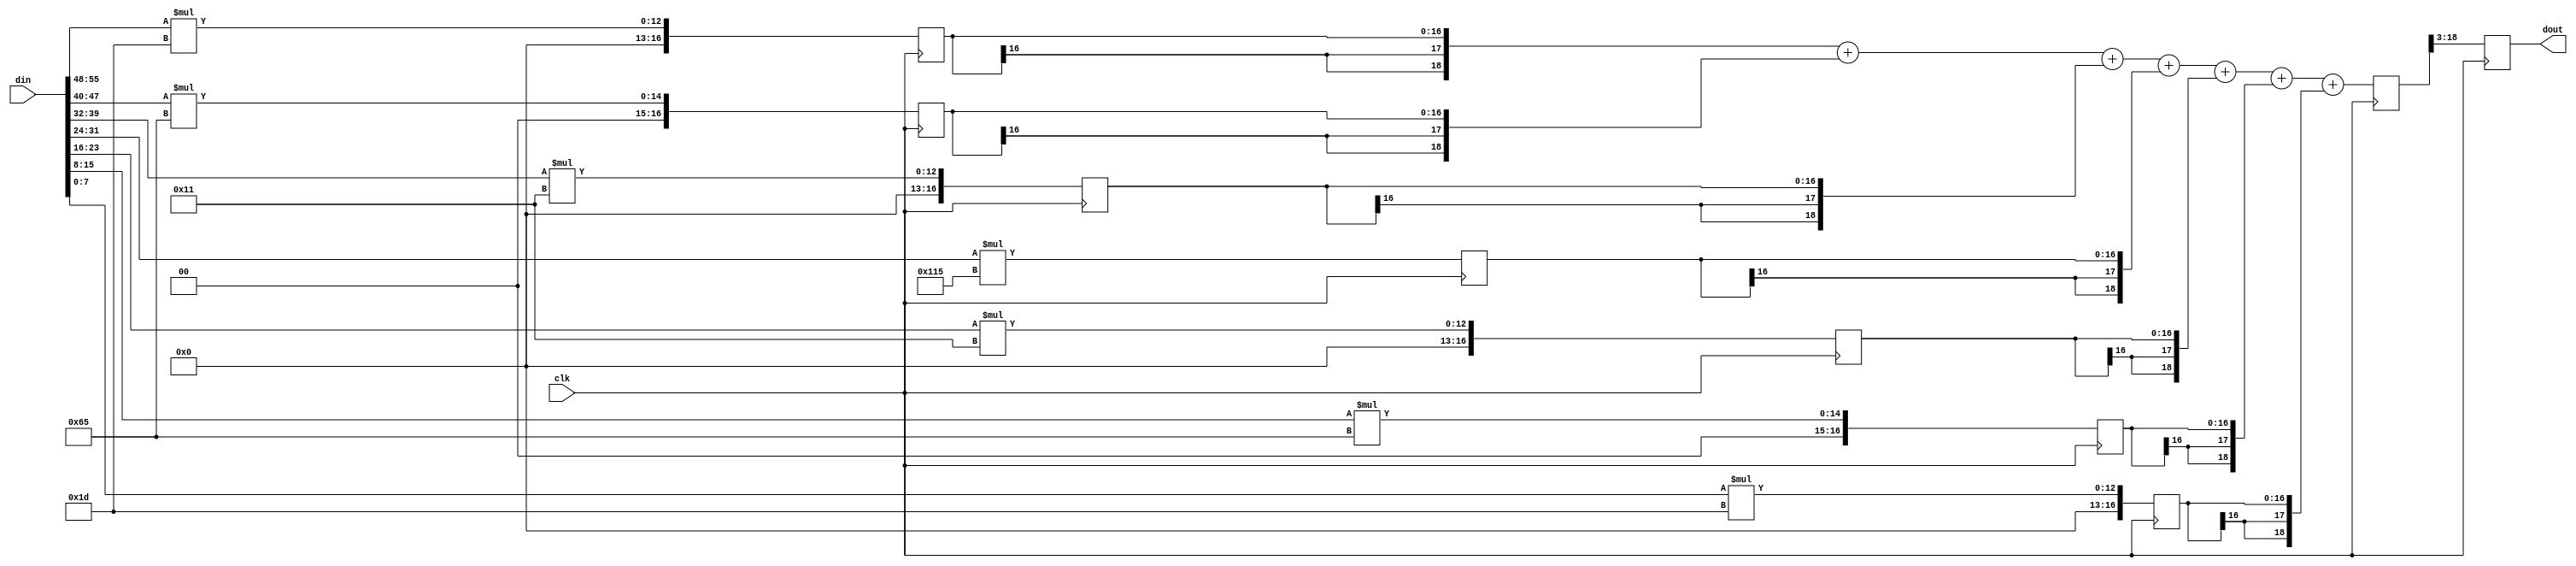
module fltr_compute_f1 (clk, din, dout);
    input clk; 
    input[55:0] din; 
    output[15:0] dout; 
    reg[15:0] dout;
    reg[16:0] q1; 
    reg[16:0] q2; 
    reg[16:0] q3; 
    reg[16:0] q4; 
    reg[16:0] q5; 
    reg[16:0] q6; 
    reg[16:0] q7; 
    reg[19:0] d_out_tmp; 
    always @(posedge clk)
    begin
			q1 <= din[55:48] * 5'b11101;
			q2 <= din[47:40] * 7'b1100101;
			q3 <= din[39:32] * 5'b10001;
			q4 <= din[31:24] * 9'b100010101;
			q5 <= din[23:16] * 5'b10001;
			q6 <= din[15:8] * 7'b1100101;
			q7 <= din[7:0] * 5'b11101;
          d_out_tmp <= ({q1[16], q1[16], q1[16], q1}) + ({q2[16], q2[16], q2[16], q2}) + ({q3[16], q3[16], q3[16], q3}) + ({q4[16], q4[16], q4[16], q4}) + ({q5[16], q5[16], q5[16], q5}) + ({q6[16], q6[16], q6[16], q6}) + ({q7[16], q7[16], q7[16], q7});
          dout <= d_out_tmp[18:3] ; 
    end 
 endmodule